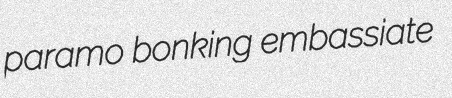
paramo bonking embassiate